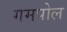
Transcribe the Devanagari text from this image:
गमपोल